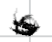
Text: is
Cross-out: zig-zag
Writing tool: digital_black